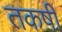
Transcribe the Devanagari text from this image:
तकष़ी